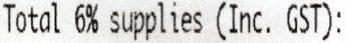
TOTAL 6% SUPPLIES (INC. GST):